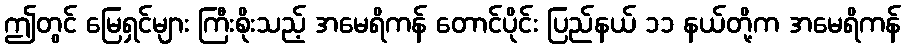
ဤတွင် မြေရှင်များ ကြီးစိုးသည့် အမေရိကန် တောင်ပိုင်း ပြည်နယ် ၁၁ နယ်တို့က အမေရိကန်